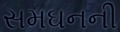
સમઘનની